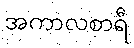
အကာလစာရီ